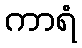
ကာရံ